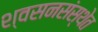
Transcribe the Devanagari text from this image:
श्वसनसंस्थेत